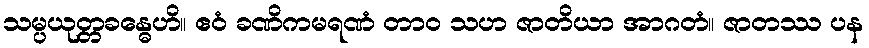
သမ္ပယုတ္တခန္ဓေဟိ။ ဧဝံ ခဏိကမရဏံ တာဝ သဟ ဇာတိယာ အာဂတံ။ ဇာတဿ ပန